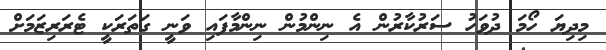
މިދިޔަ ހޯމަ ދުވަހު ސަރުކާރުން އެ ނިންމުން ނިންމާފައި ވަނީ ގަތަރަކީ ޓެރަރިޒަމަށް